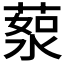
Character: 𦷸